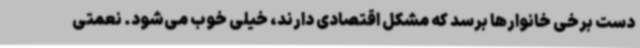
دست برخی خانوارها برسد که مشکل اقتصادی دارند، خیلی خوب می‌شود. نعمتی